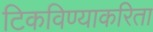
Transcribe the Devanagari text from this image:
टिकविण्याकरिता